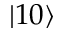
\left| 1 0 \right\rangle